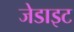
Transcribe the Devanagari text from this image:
जेडाइट